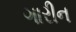
ગારીન